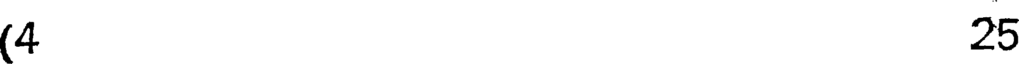
(4 25